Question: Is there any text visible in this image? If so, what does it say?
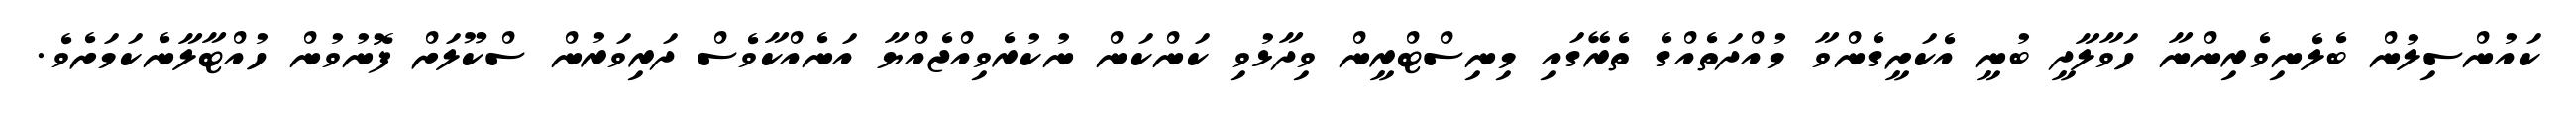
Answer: ކައުންސިލުން ބެލެނިވެރިންނާ ހަވާލާދީ ބުނީ އެކަށީގެންވާ މުއްދަތެއްގެ ތެރޭގައި މިނިސްޓްރީން ވިދާޅުވި ކަންކަން ނުކުރެވިއްޖެއްޔާ އަނެއްކާވެސް ދަރިވަރުން ސްކޫލަށް ފޮނުވުން ހުއްޓާލާނެކަމަށެވެ.